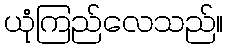
ယုံကြည်လေသည်။